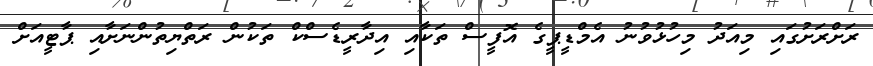
ރަށްރަށުގައި މިއަދު މިހުޅުވުނު އެމްޑީޕީގެ އޮފީސް ތަކާއި އިދާރީޑެސްކް ތަކުން ރަތްޔިތުންނަށާއި ޕާޓީއަށް